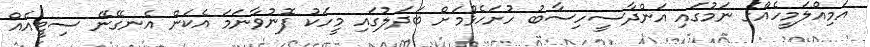
އަމިއްލަމީހެއްގެ ނަމުގައި އަންދާސީހިސާބު ހުށަހެޅުމަށް ބަދަލުގައި މީހަކު ފޮނުވާނަމަ އެކަން އެނގޭނޭ ސިޓީއެއް